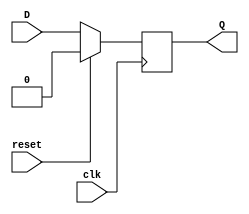
module d_flipflop(D,clk,reset,Q);
input D; // Data input 
input clk; // clock input 
input reset; // synchronous reset 
output reg Q; // output Q 
always @(posedge clk) 
begin
 if(reset==1'b1)
  Q <= 1'b0; 
 else 
  Q <= D; 
end 
endmodule